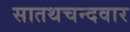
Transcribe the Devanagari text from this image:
सातथचन्दवार